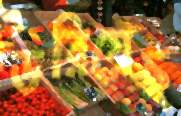
ডরিয়েছ